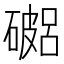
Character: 𥖓